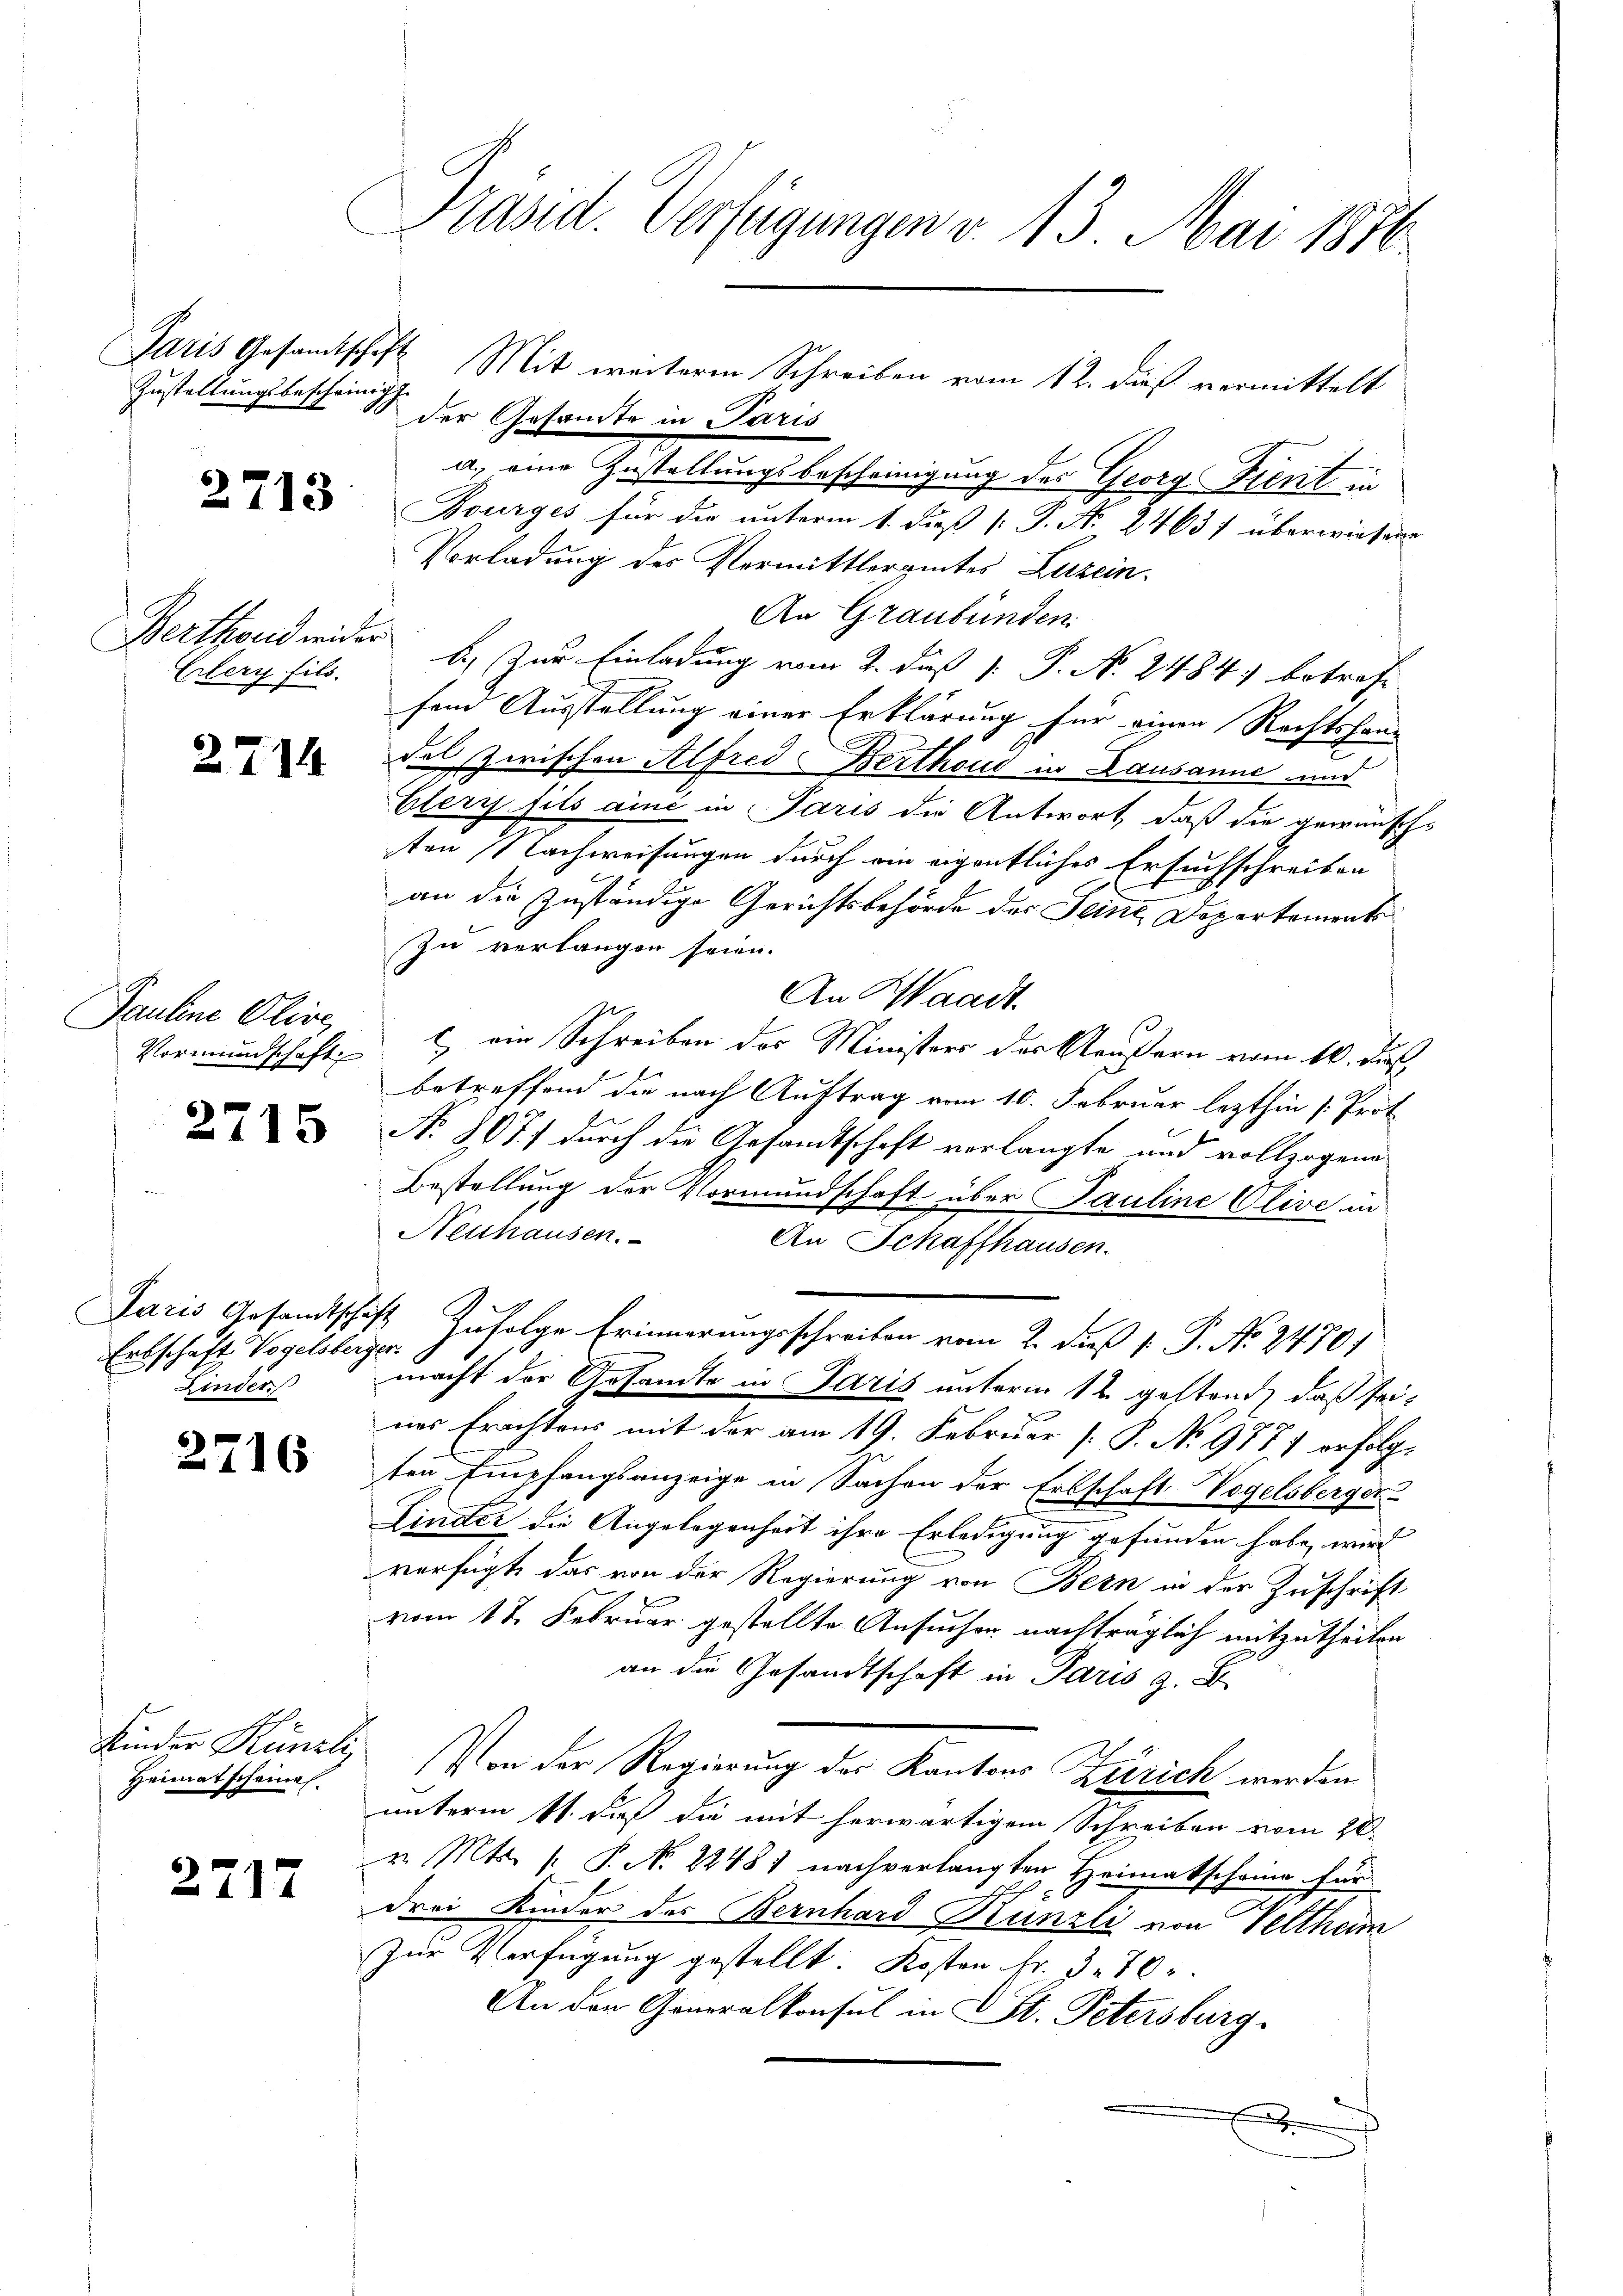
Zustellungsbescheinige

2713.

Berthend wider
Crlery fils.

27

14

Pauline Olive

2715

Paris Gesandtschaft
Linder

2716

Heimatscheines.

2717

Präsid. Verfügungen v. 13. Mai 1876.

der Gesamte in Paris
a) eine Zustellungsbescheinigung des Georg Kent in
Bourges für die unterm 1. diß [ P. N. 2463) überwiesene
Vorladung des Vormittleramtes Luzern,
An Graubünden.
b) Zur Einladung vom 2. daß P. P. N. 2484) betreff
fend Ausstellung einer Erklärung für einen Rechtshaus
des Zwischen Alfred Berthoud in Lausanne und
Elery fils aini in Paris die Antwort, daß die gewünsch-
sten Nachweisungen durch ein eigentliches Ersuchschreiben
an die zuständige Gerichtsbehörde des Seine Departements
Zu verlangen seien.
An Waadt.
Vormundschaft.  ein Schreiben des Ministers des Aeußern vom 10. du
betreffend die nach Auftrag vom 10. Februar lezthin /: Prot
No 807 durch die Gesamtschaft vorlangte und vollzogene
Bestellung der Vormundschaft über Pauline Clive in
Neuhausen.
An Schaffhausen.
Erbschaft Vogelsberger Zufolge Erinnerungsschreiben vom 2. daß P. P. No. 24701
macht der Gesandte in Paris unterm 12. gestand, daß seines Erachtens mit der am 19. Februar [P. No 9777 erfolgten Empfangsanzeige in Sachen der Erbschaft Vogelsberger
Linder die Angelegenheit ihre Erledigung gefunden habe, wird
verfügt, das von der Regierung von Bern in der Zuschrift
vom 17. Februar gestellte Ansuchen nachträglich mitzutheilen
an die Gesandtschaft in Paris z. B.
Kinder Künzli (Von der Regierung der Kantons Zürich werden
unterm 11. das die mit herwärtigem Schreiben vom 20.
v. Mts. s. P. No 22481 nach verlangten Heimatscheine für
drei Kinder des Bernhard Künzli von Veltheim
Zur Verfügung gestellt: Kosten Fr. 3.70 r
An den Generalkonsul in St. Petersburg
.

Paris Gesandtschaft Mit weiteren Schreiben vom 12. dieß vermittelt